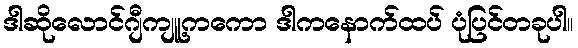
ဒါဆိုလောင်ဂျီကျူ့ကကော ဒါကနောက်ထပ် ပုံပြင်တခုပါ။